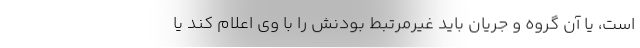
است، یا آن گروه و جریان باید غیرمرتبط بودنش را با وی اعلام کند یا